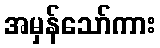
အမှန်သော်ကား